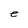
Character: e